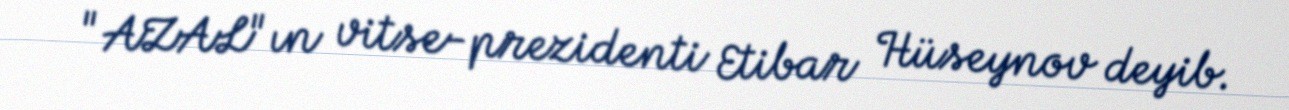
"AZAL"ın vitse-prezidenti Etibar Hüseynov deyib.